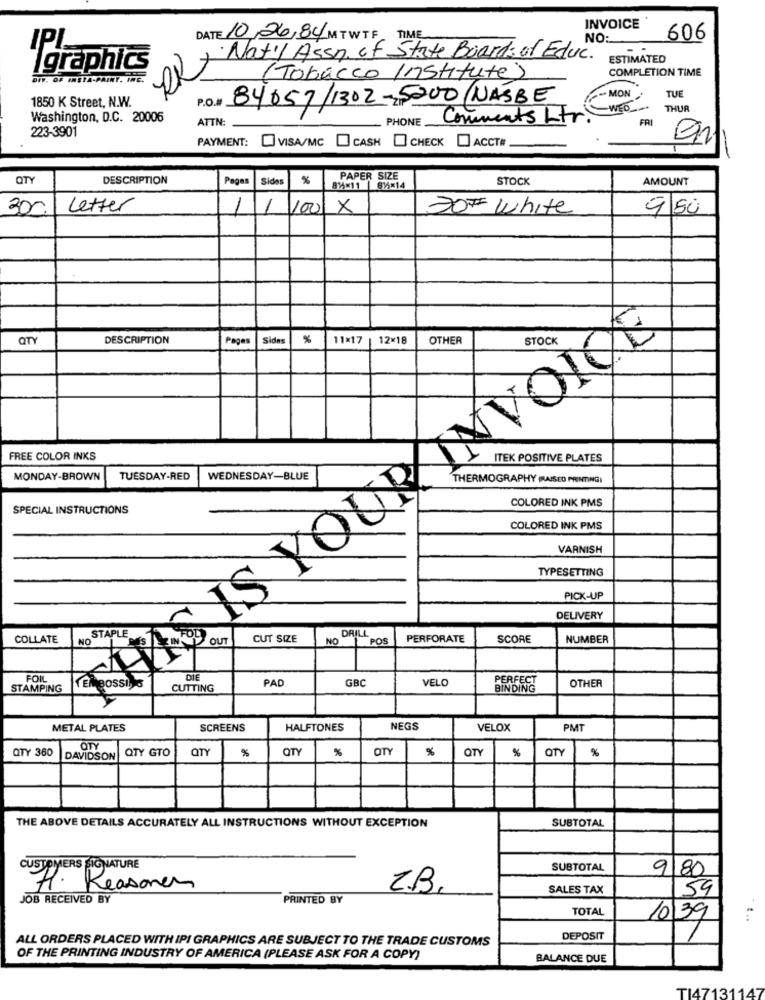
INVOICE
DATE 10/26/84 MTWTF TIME
NO:
606
·Nat'l Assn. of State Board of Educ.
ESTIMATED
igraphics
COMPLETION TIME
DIY. OF INSTA-PAINT. INE.
(Tobacco Institute)
MON
1850 K Street, N.W.
P.O. 84057/1302-25200/NASBE
TUE
- WED _-
THUR
Washington, D.C. 20006
ATTN:
PHONE
Comments Ltr.
FRI
223-3901
PAYMENT: VISA/MC CASH CHECK ACCT#
-
OTY
DESCRIPTION
Pages
Sides
%
PAPER SIZE
STOCK
AMOUNT
814×11 | 816×14
Letter
1
100 X
DOFF White
9/50
QTY
DESCRIPTION
Pages
Sides
%
11×17 | 12×18
OTHER
STOCK
FREE COLOR INKS
ITEK POSITIVE PLATES
MONDAY-BROWN
TUESDAY-RED
WEDNESDAY-BLUE
THERMOGRAPHY MAISCO PRINTING)
TAHSIS KOUK
COLORED INK PMS
SPECIAL INSTRUCTIONS
COLORED INK PMS
VARNISH
TYPESETTING
PICK-UP
DELIVERY
STAPLE
DRILL
COLLATE
NO A
OUT
CUT SIZE
NO
POS
PERFORATE
SCORE
NUMBER
FOIL
DIE
PAD
GBC
VELO
PERFEC
STAMPING
CUTTING
BINDING
OTHER
METAL PLATES
SCREENS
HALFTONES
NEGS
VELOX
PMT
QTY 360
QTY
QTY GTO
QTY
%
QTY
*
QTY
%
QTY
%
QTY
%
DAVIDSON
THE ABOVE DETAILS ACCURATELY ALL INSTRUCTIONS WITHOUT EXCEPTION
SUBTOTAL
CUSTOMERS SIGNATURE
SUBTOTAL
9 80
H. Reasonen
Z.B.
SALES TAX
159
JOB RECEIVED BY
PRINTED BY
TOTAL
10139
...
ALL ORDERS PLACED WITH IPI GRAPHICS ARE SUBJECT TO THE TRADE CUSTOMS
DEPOSIT
OF THE PRINTING INDUSTRY OF AMERICA (PLEASE ASK FOR A COPY)
BALANCE DUE
TI47131147